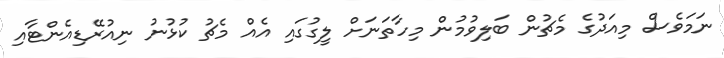
ނަމަވެސް މިއަދުގެ މެޗުން ބަލިވުމުން މިހާތަނަށް ލީގުގައި އެއް މެޗު ކުޅުނު ނިއުރޭޑިއެންޓާއި